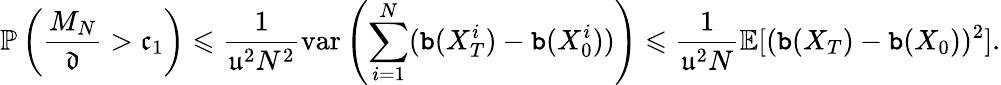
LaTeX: \mathbb P\left(\frac{M_{N}}{\mathfrak d}>\mathfrak c_{1}\right)\leqslant\frac{1}{\mathfrak u^{2}N^{2}}\mathrm{var}\left(\sum_{i=1}^{N}({\tt b}(X_{T}^{i})-{\tt b}(X_{0}^{i}))\right)\leqslant\frac{1}{\mathfrak u^{2}N}\mathbb E[({\tt b}(X_{T})-{\tt b}(X_{0}))^{2}].